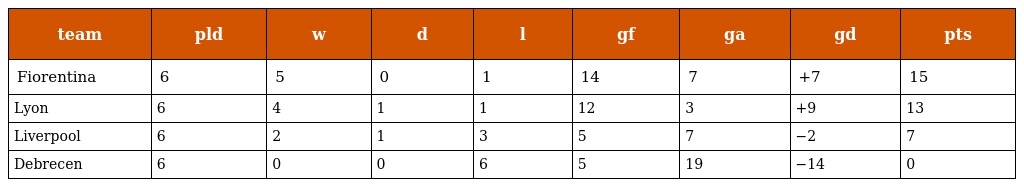
| team | pld | w | d | l | gf | ga | gd | pts |
 | --- | --- | --- | --- | --- | --- | --- | --- | --- |
 | Fiorentina | 6 | 5 | 0 | 1 | 14 | 7 | +7 | 15 |
 | Lyon | 6 | 4 | 1 | 1 | 12 | 3 | +9 | 13 |
 | Liverpool | 6 | 2 | 1 | 3 | 5 | 7 | −2 | 7 |
 | Debrecen | 6 | 0 | 0 | 6 | 5 | 19 | −14 | 0 |